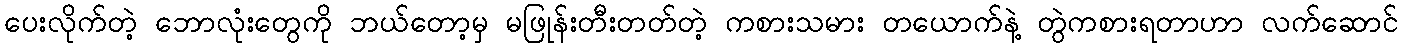
ပေးလိုက်တဲ့ ဘောလုံးတွေကို ဘယ်တော့မှ မဖြုန်းတီးတတ်တဲ့ ကစားသမား တယောက်နဲ့ တွဲကစားရတာဟာ လက်ဆောင်